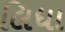
લિધા